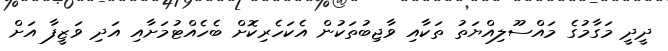
ދީދީ މަގާމުގެ މައްސޫލިއްޔަތު ތަކާއި ވާޖިބުތަކުން އެކަހެރިކޮށް ބެހެއްޓުމަށާއި އަދި ވަޒީފާ އަށް